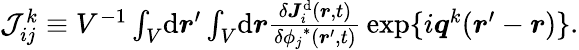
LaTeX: \begin{array}{r}{\mathcal{J}_{ij}^{k}\equiv V^{-1}\int_{V}\! \mathrm{d}\boldsymbol{r}^{\prime}\int_{V}\! \mathrm{d}\boldsymbol{r}\frac{\delta\boldsymbol{J}_{i}^{\mathrm{d}}(\boldsymbol{r},t)}{\delta{\phi_{j}}^{*}(\boldsymbol{r}^{\prime},t)}\, \mathrm{exp}\{ i\boldsymbol{q}^{k}(\boldsymbol{r}^{\prime}-\boldsymbol{r})\} .}\end{array}